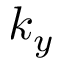
k _ { y }